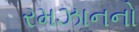
રમઝાનનો